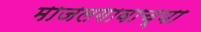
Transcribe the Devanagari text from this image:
माजलगावाच्या